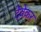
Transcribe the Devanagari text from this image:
देवेकर